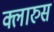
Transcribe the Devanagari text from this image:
क्लारुस